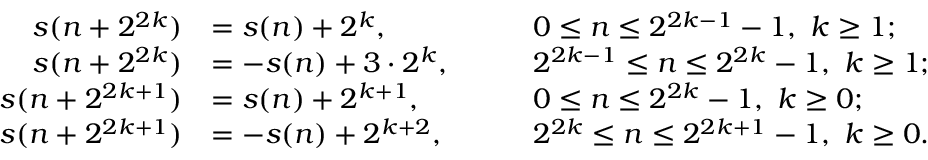
\begin{array} { r l r l } { s ( n + 2 ^ { 2 k } ) } & { = s ( n ) + 2 ^ { k } , } & & { \quad 0 \leq n \leq 2 ^ { 2 k - 1 } - 1 , \ k \geq 1 ; } \\ { s ( n + 2 ^ { 2 k } ) } & { = - s ( n ) + 3 \cdot 2 ^ { k } , } & & { \quad 2 ^ { 2 k - 1 } \leq n \leq 2 ^ { 2 k } - 1 , \ k \geq 1 ; } \\ { s ( n + 2 ^ { 2 k + 1 } ) } & { = s ( n ) + 2 ^ { k + 1 } , } & & { \quad 0 \leq n \leq 2 ^ { 2 k } - 1 , \ k \geq 0 ; } \\ { s ( n + 2 ^ { 2 k + 1 } ) } & { = - s ( n ) + 2 ^ { k + 2 } , } & & { \quad 2 ^ { 2 k } \leq n \leq 2 ^ { 2 k + 1 } - 1 , \ k \geq 0 . } \end{array}